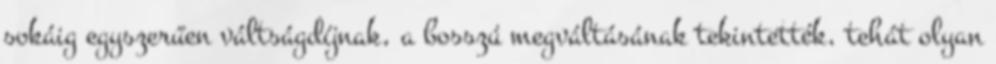
sokáig egyszerűen váltságdíjnak, a bosszú megváltásának tekintették, tehát olyan